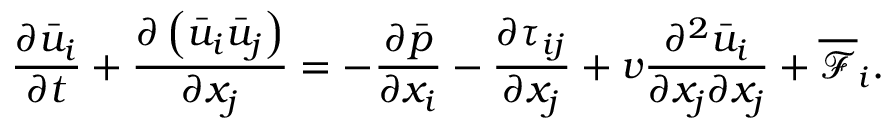
\frac { \partial \bar { u } _ { i } } { \partial t } + \frac { \partial \left( \bar { u } _ { i } \bar { u } _ { j } \right) } { \partial x _ { j } } = - \frac { \partial \bar { p } } { \partial x _ { i } } - \frac { \partial \tau _ { i j } } { \partial x _ { j } } + v \frac { \partial ^ { 2 } \bar { u } _ { i } } { \partial x _ { j } \partial x _ { j } } + \overline { { \mathcal { F } } } _ { i } .